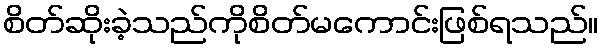
စိတ်ဆိုးခဲ့သည်ကိုစိတ်မကောင်းဖြစ်ရသည်။